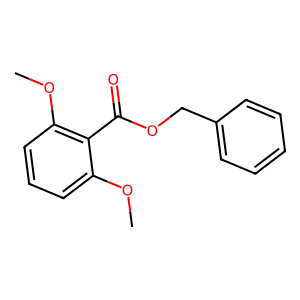
SMILES: COc1cccc(OC)c1C(=O)OCc1ccccc1
Inhibits HIV replication: No